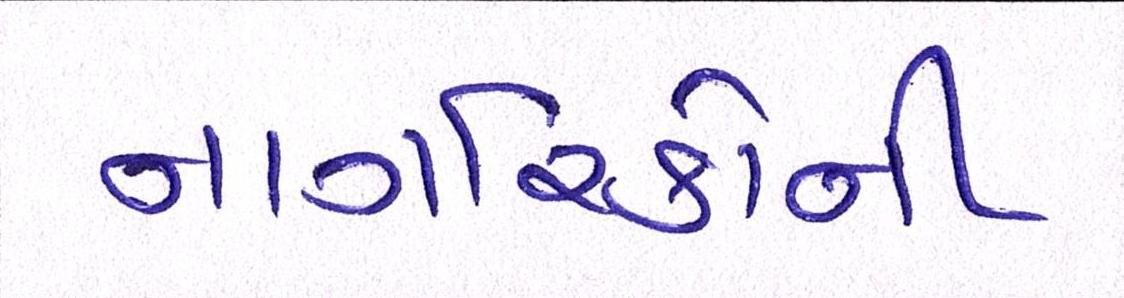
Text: નાગરિકોની